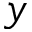
y